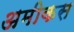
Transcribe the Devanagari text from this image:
अमीकस